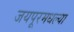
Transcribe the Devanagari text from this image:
जयपूरमधल्या